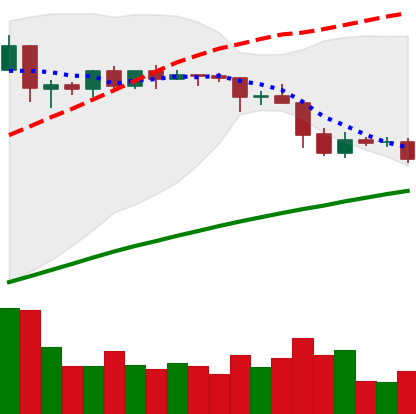
Ticker: EOS-USD
Chart end date: 2019-04-29
Forward return: 9.554%
Label: up_7plus